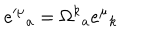
e ^ { \mu } { } _ { a } = \Omega ^ { k } { } _ { a } e ^ { \mu } { } _ { k }